Vaccination in Bombay 1913-1923 - 1913-1923
Year: 1913
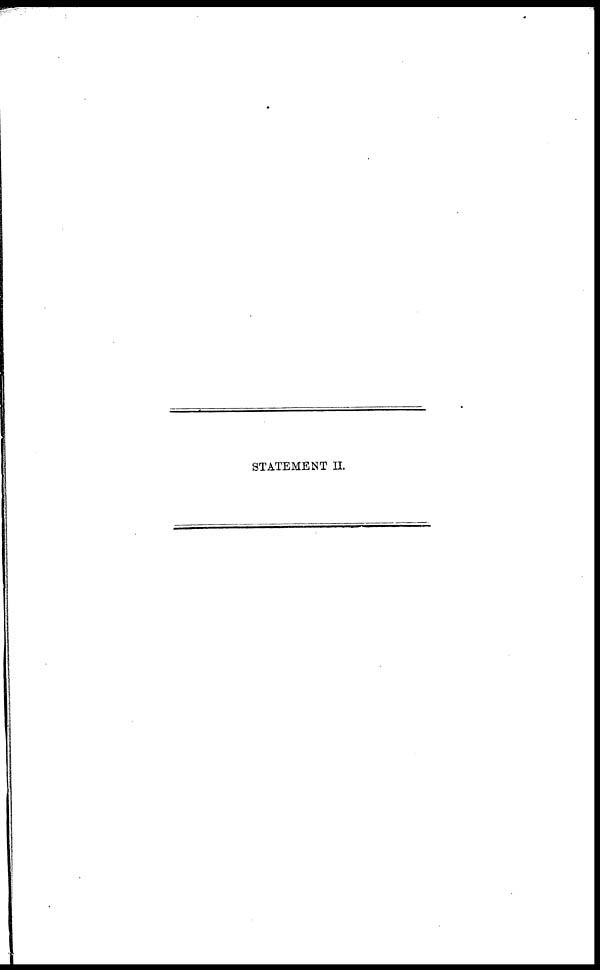
STATEMENT II.